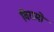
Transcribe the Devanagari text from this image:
विरामो